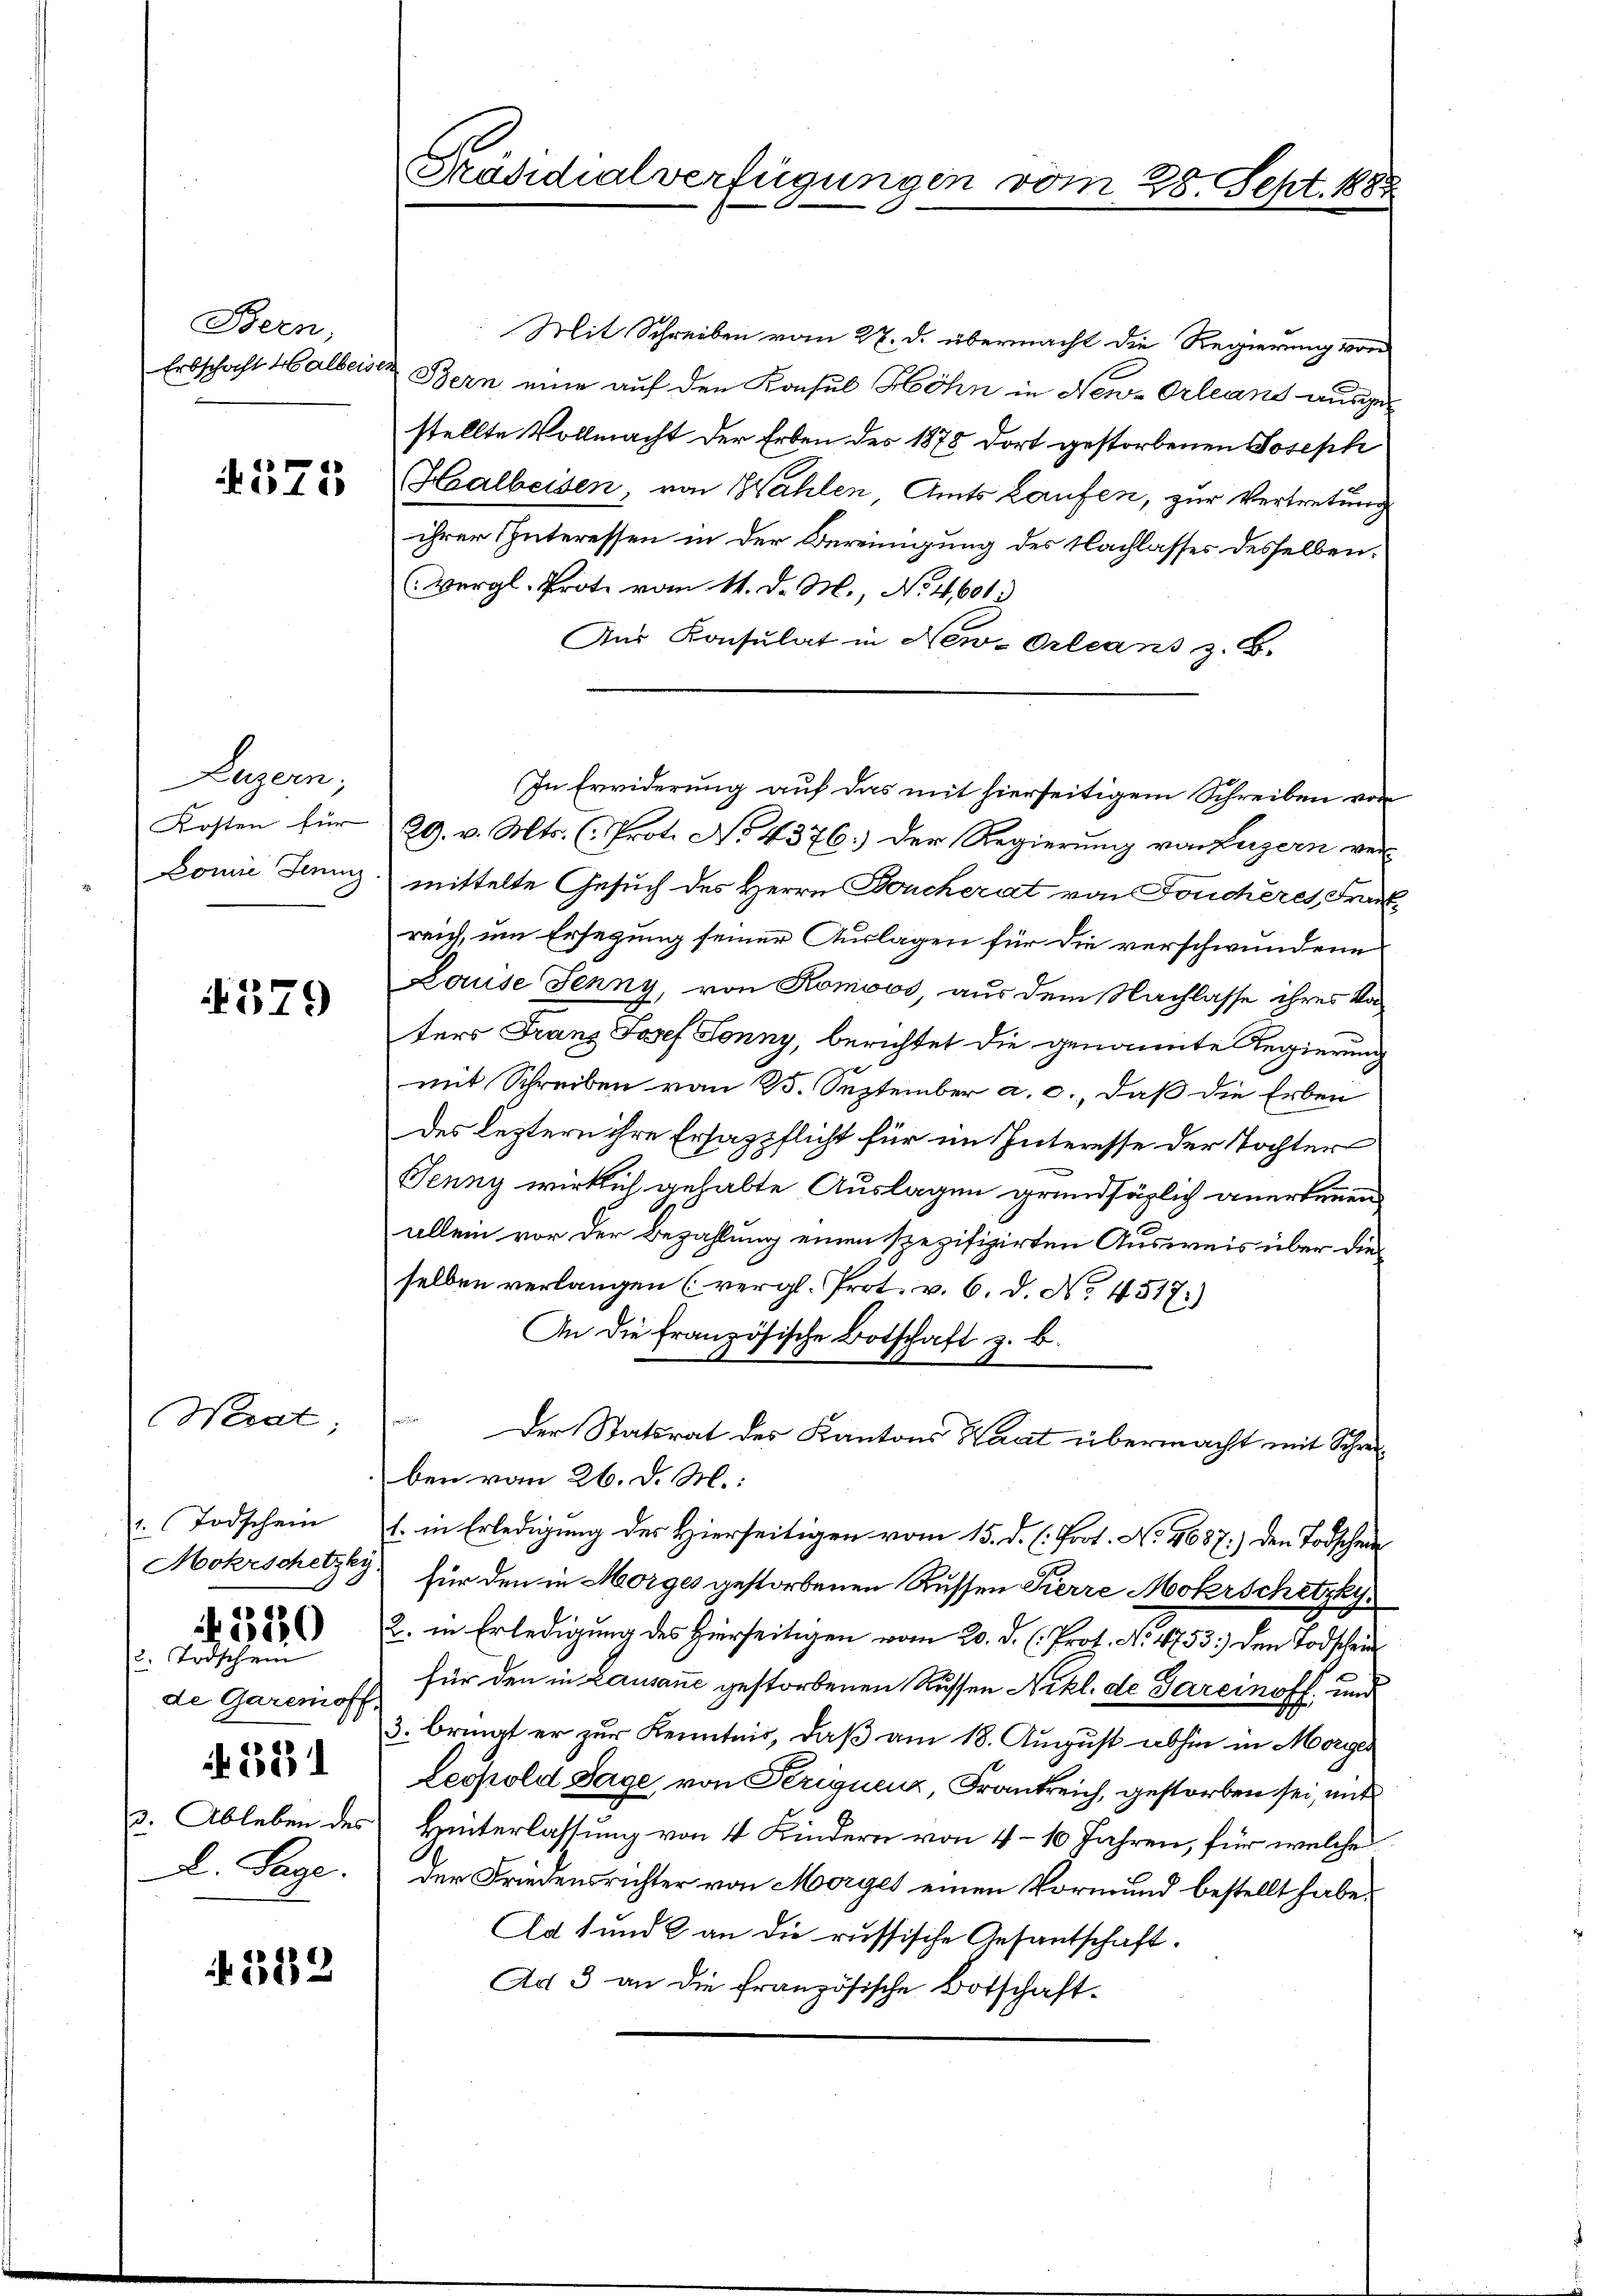
Been,

575

Luzern,
Kosten für
Domie Jeninz

579

Wrat;

1. Todschein
Mokrschetzky
2. Todschein
de Garenoff
N. 381
v. Ableben des
L. Sage.

520

4512

Präsidialverfügungen vom 28. Sept. 1888

Mit Schreiben vom 27. d. übermacht die Regierung von
Erbschaft Halbeisen Bern eine auf den Konsul Höhn in New-Orleans ausge-
stellte Vollmacht der Erben des 1878 dort gestorbenen Joseph
Healbeisen, von Wahlen, Amts Laufen, zur Vertretung
ihrer Interessen in der Bereinigung des Nachlasses desselben.
(Vergl. Prote vom 14. d. M., No 4,601.
Aus Konsulat in New-Orleans z. B.
29. v. Mts. (Prot. No 4376.) Der Regierung von Luzern ver-
mittelte Gesuch des Herrn Doucherat von Fonchères, Frankreich, um Ersezung seiner Auslagen für die verschwundene
Louise Jenny, von Komiss, aus dem Nachlasse ihres Vaters Franz Josef Ponny, berichtet die genannte Regierung
mit Schreiben von 25. September a. c., daß die Erben
des leztern ihre Ersazpflicht für im Interesse der Tochter
Jenny wirklich gehabte Auslagen grundsäglich anerkennen,
allein vor der Bezahlung einen spezifizirten Ausweis über dieselben verlangen (vergl. Prot. v. 6. d. No. 4517.)
An die französische Botschaft z. B.
 Der Statsrat des Kantons Saat übermacht mit Schreiben vom 26. d. M.
l. in Erledigung des Hierseitigen vom 15. d. h. Prot. No. 4687) den Todscheine
für den in Morges gestorbenen Russen Kerre Mohrschetzky
2. in Erledigung des Hierseitigen vom 20. d. (: Prot. No. 4753] den Todschein
für den in Lausanne gestorbenen Russen Nikl. de Garcinoff. und
3. bringt er zur Kenntnis, daß am 18. August abhin in Morigen
Leopold Sage von Periquenz, Frankreich, gestorben sei, mit
Hinterlassung von 4 Kindern von 4–10 Jahren, für welche
der Friedensrichter von Morges einen Vormund bestellt habe.
Ad und 2 an die russische Gesantschaft.
Ad 3 an die französische Botschaft¬

In Erwiderung auf das mit hierseitigem Schreiben von